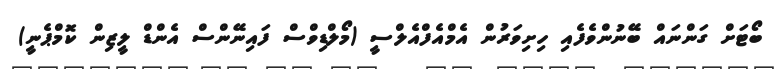
ބޯޓަށް ގަންނައް ބޭނުންވެފެއި ހިށިވަރުން އެމްއެފްއެލްސީ (މޯލްޑިވްސް ފައިނޭންސް އެންޑް ލީޒިން ކޮމްޕެނީ)